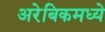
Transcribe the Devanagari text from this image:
अरेबिकमध्ये